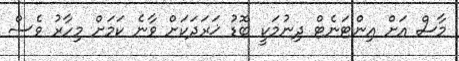
މާސް އަށް އިންޓަނެޓް ދިނުމަކީ ބޮޑު ޚަރަދަކަށް ވާނެ ކަމަށް މިހާރު ވެސް